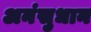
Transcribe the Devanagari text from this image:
अनंसुधान